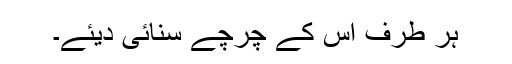
ہر طرف اس کے چرچے سنائی دیئے۔